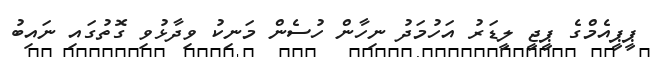
ޕީޕީއެމްގެ ޕީޖީ ލީޑަރު އަހުމަދު ނިހާން ހުސެން މަނިކު ވިދާޅުވި ގޮތުގައި ނައިބު